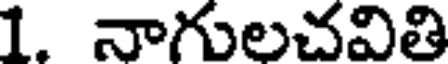
1. నాగులచవితి